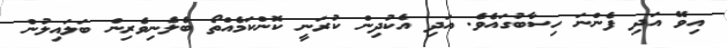
އިވޭ އަދި ފެންނަ ހިސާބުގައެވެ. އަދި އެކުދިން ކުރަނީ ކޮންކަމެއްތޯ ބެލެނިވެރިން ބަލައިލުން